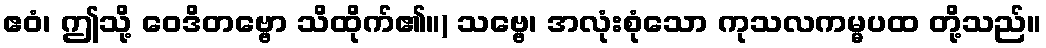
ဧဝံ၊ ဤသို့ ဝေဒိတဗ္ဗော သိထိုက်၏။) သဗ္ဗေ၊ အလုံးစုံသော ကုသလကမ္မပထ တို့သည်။